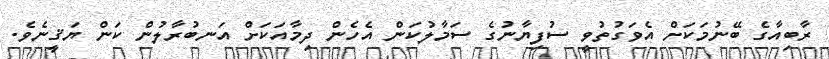
ރާބިއާގެ ބޭނުމަކަށް އެވަގުތުވީ ސުފިޔާނުގެ ސަމާލުކަން އެހެން ދިމާއަކަށް އަނބުރާލުން ކަން ޔަޤީނެވެ.